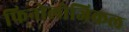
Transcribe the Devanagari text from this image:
फिनोलोजिकल